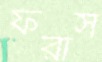
ফরাস